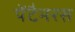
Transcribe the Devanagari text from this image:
पेंटैमरस